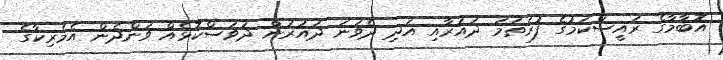
އޮބާމާގެ ރައީސްކަމުގެ ފުރަތަމަ ދައުރާއި އަދި ދެވަނަ ދައުރުން ދުވަސްކޮޅެއް ވަންދެން އެމެރިކާގެ